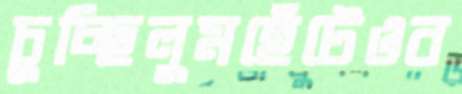
চুচ্ছিলুমহেঁটেওব